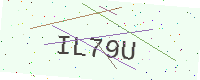
Text: IL79U